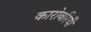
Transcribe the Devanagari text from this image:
कारोबरियोँ